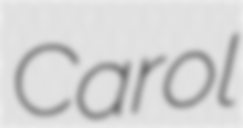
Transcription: Carol